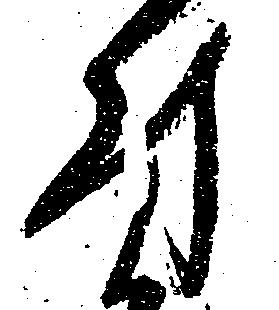
付